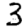
Digit: 3